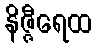
နိဇ္ဇီရေထ